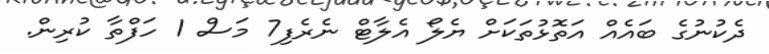
ދެކުނުގެ ބައެއް އަތޮޅުތަކަށް ޔެލޯ އެލާޓް ނެރެފި7 މަސް 1 ހަފްތާ ކުރިން.